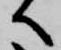
へ